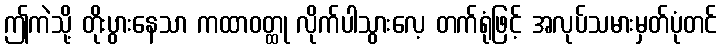
ဤကဲသို့ တိုးပွားနေသာ ကထာဝတ္ထု လိုက်ပါသွားလေ့ တက်ရုံဖြင့် အလုပ်သမားမှတ်ပုံတင်